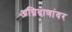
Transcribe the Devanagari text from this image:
अग्निबाणांवर